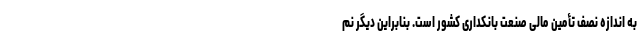
به اندازه نصف تأمین مالی صنعت بانکداری کشور است. بنابراین دیگر نم